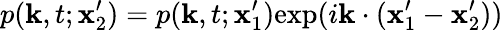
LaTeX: p(\mathbf{k},t;\mathbf{x}_{2}^{\prime})=p(\mathbf{k},t;\mathbf{x}_{1}^{\prime})\mathrm{exp}(i\mathbf{k}\cdot(\mathbf{x}_{1}^{\prime}-\mathbf{x}_{2}^{\prime}))